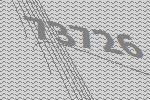
73726